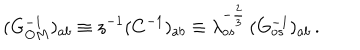
( G _ { O M } ^ { - 1 } ) _ { a b } \equiv z ^ { - 1 } ( C ^ { - 1 } ) _ { a b } \equiv \lambda _ { o s } ^ { - { \frac { 2 } { 3 } } } \, ( G _ { o s } ^ { - 1 } ) _ { a b } \, .